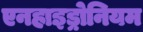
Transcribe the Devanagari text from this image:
एनहाइड्रोनियम